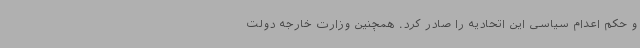
و حکم اعدام سیاسی این اتحادیه را صادر کرد. همچنین وزارت خارجه دولت